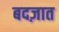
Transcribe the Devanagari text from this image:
बदज़ात